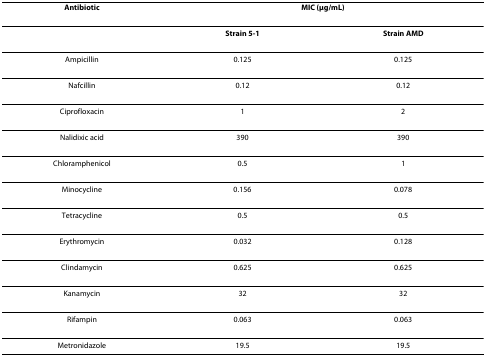
| Antibiotic | <COLSPAN=2> MIC (μg/mL) |
 | --- | --- | --- |
 |  | Strain 5-1 | Strain AMD |
 | Ampicillin | 0.125 | 0.125 |
 | Nafcillin | 0.12 | 0.12 |
 | Ciprofloxacin | 1 | 2 |
 | Nalidixic acid | 390 | 390 |
 | Chloramphenicol | 0.5 | 1 |
 | Minocycline | 0.156 | 0.078 |
 | Tetracycline | 0.5 | 0.5 |
 | Erythromycin | 0.032 | 0.128 |
 | Clindamycin | 0.625 | 0.625 |
 | Kanamycin | 32 | 32 |
 | Rifampin | 0.063 | 0.063 |
 | Metronidazole | 19.5 | 19.5 |